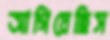
আগিয়েছিস